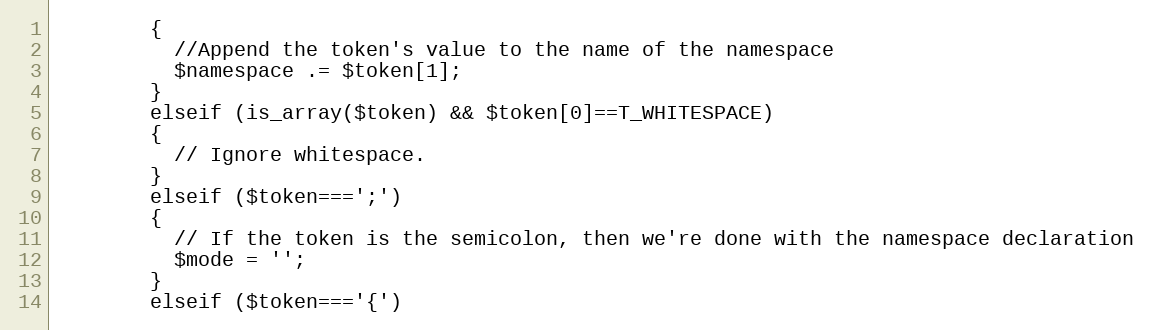
Language: PHP
        {
          //Append the token's value to the name of the namespace
          $namespace .= $token[1];
        }
        elseif (is_array($token) && $token[0]==T_WHITESPACE)
        {
          // Ignore whitespace.
        }
        elseif ($token===';')
        {
          // If the token is the semicolon, then we're done with the namespace declaration
          $mode = '';
        }
        elseif ($token==='{')